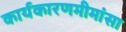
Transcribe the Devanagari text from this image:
कार्यकारणमीमांसा